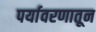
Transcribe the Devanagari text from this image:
पर्यावरणातून